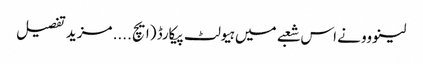
لینووو نے اس شعبے میں ہیولٹ پیکارڈ (ایچ .... مزید تفصیل